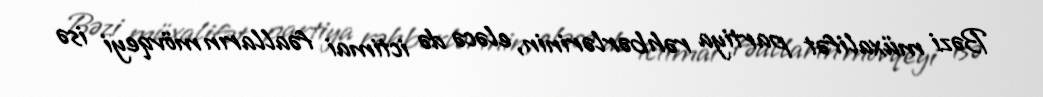
Bəzi müxalifət partiya rəhbərlərinin, eləcə də ictimai fəalların mövqeyi isə